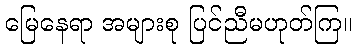
မြေနေရာ အများစု ပြင်ညီမဟုတ်ကြ။